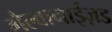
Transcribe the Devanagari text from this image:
गैल्वानाईज़ड